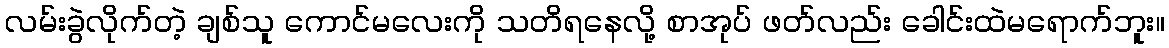
လမ်းခွဲလိုက်တဲ့ ချစ်သူ ကောင်မလေးကို သတိရနေလို့ စာအုပ် ဖတ်လည်း ခေါင်းထဲမရောက်ဘူး။